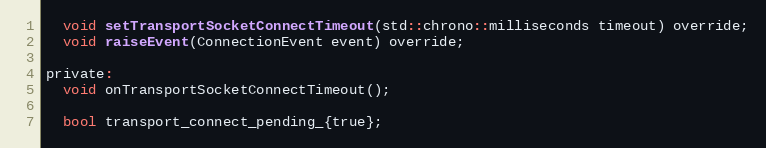
Language: C
  void setTransportSocketConnectTimeout(std::chrono::milliseconds timeout) override;
  void raiseEvent(ConnectionEvent event) override;

private:
  void onTransportSocketConnectTimeout();

  bool transport_connect_pending_{true};